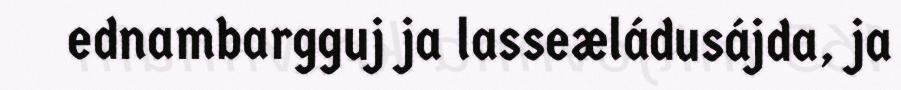
ednambargguj ja lasseæládusájda, ja